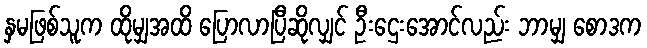
နှမဖြစ်သူက ထိုမျှအထိ ပြောလာပြီဆိုလျှင် ဦးဌေးအောင်လည်း ဘာမျှ စောဒက